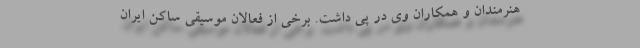
هنرمندان و همکاران وی در پی داشت. برخی از فعالان موسیقی ساکن ایران